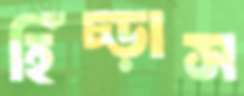
হিঁচ্‌ড়াস